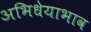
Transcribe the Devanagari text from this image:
अभिधेयाभाव